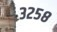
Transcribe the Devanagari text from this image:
३२५८